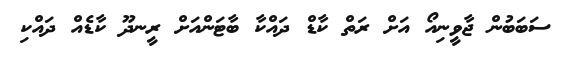
ސަބަބުން ޖާވީނިއޯ އަށް ރަތް ކާޑް ދައްކާ ބާޓަންއަށް ރީނދޫ ކާޑެއް ދައްކި